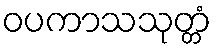
ဝပကာသသုတ္တံ